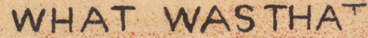
WHAT WAS THAT